Vaccination in Burma 1889-1999 - 1889-1999
Year: 1889
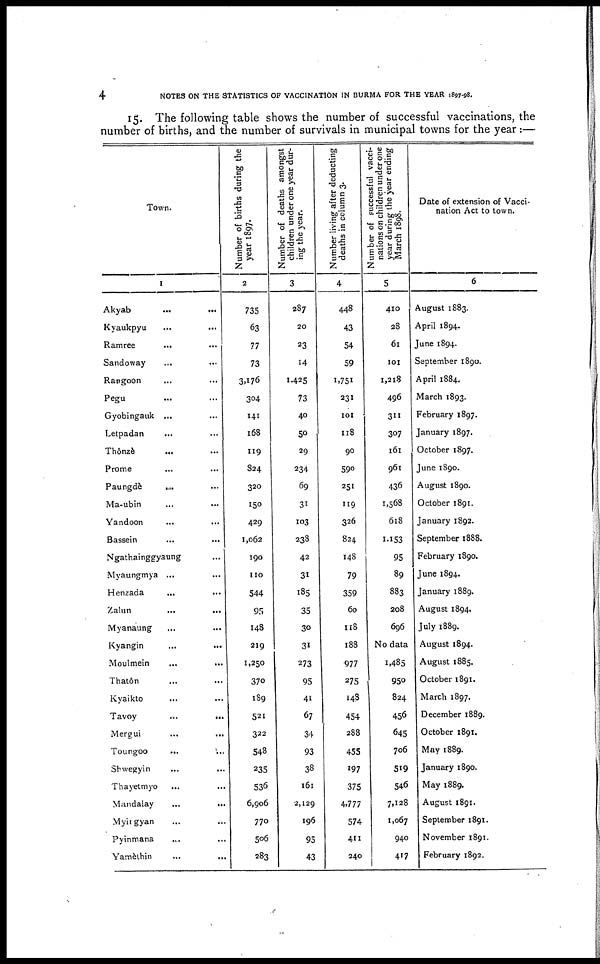
4
NOTES ON THE STATISTICS OF VACCINATION IN BURMA FOR THE YEAR 1897-98.
15. The following table shows the number of successful vaccinations, the
number of births, and the number of survivals in municipal towns for the year:—
Town.
1
Akyab
... ...
Kyaukpyu
...
...
Ramree
... ...
Sandoway ... ...
Rangoon ... ...
Pegu ... ...
Gyobingauk ... ...
Letpadan
... ...
Thônzè ... ...
Prome ... ...
Paungdè ... ...
Ma-ubin ... ...
Yandoon
...
...
Bassein
...
...
Ngathainggyaung ...
Myaungmya ... ...
Henzada
... ...
Zalun
...
...
Myanaung ... ...
Kyangin ... ...
Moulmein
...
...
Thatôn ... ...
Kyaikto ... ...
Tavoy
...
...
Mergui
...
...
Toungoo
...
...
Shwegyin
...
...
Thayetmyo ... ...
Mandalay
...
...
Myingyan ... ...
Pyinmana ... ...
Yamèthin ... ...
Number of births during the
year 1897.
2
735
63
77
73
3,176
304
141
168
119
824
320
150
429
1,062
190
110
544
95
148
219
1,250
370
189
521
322
548
235
536
6,906
770
506
283
Number of deaths amongst
children under one year dur-
ing the year.
3
287
20
23
14
1,425
73
40
50
29
234
69
31
103
238
42
31
185
35
30
31
273
95
41
67
34
93
38
161
2,129
196
95
43
Number living after deducting
deaths in column 3.
4
448
43
54
59
1,751
231
101
118
90
590
251
119
326
824
148
79
359
60
118
188
977
275
148
454
288
455
197
375
4,777
574
411
240
Number of successful vacci-
nations on children under one
year during the year ending
March 1898.
5
410
28
61
101
1,218
496
311
307
161
961
436
1,568
618
1,153
95
89
883
208
696
No data
1,485
950
824
456
645
706
519
546
7,128
1,067
940
417
Date of extension of Vacci-
nation Act to town.
6
August 1883.
April 1894.
June 1894.
September 1890.
April 1884.
March 1893.
February 1897.
January 1897.
October 1897.
June 1890.
August 1890.
October 1891.
January 1892.
September 1888.
February 1890.
June 1894.
January 1889.
August 1894.
July 1889.
August 1894.
August 1885.
October 1891.
March 1897.
December 1889.
October 1891.
May 1889.
January 1890.
May 1889.
August 1891.
September 1891.
November 1891.
February 1892.